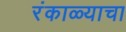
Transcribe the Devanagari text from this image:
रंकाळ्याचा